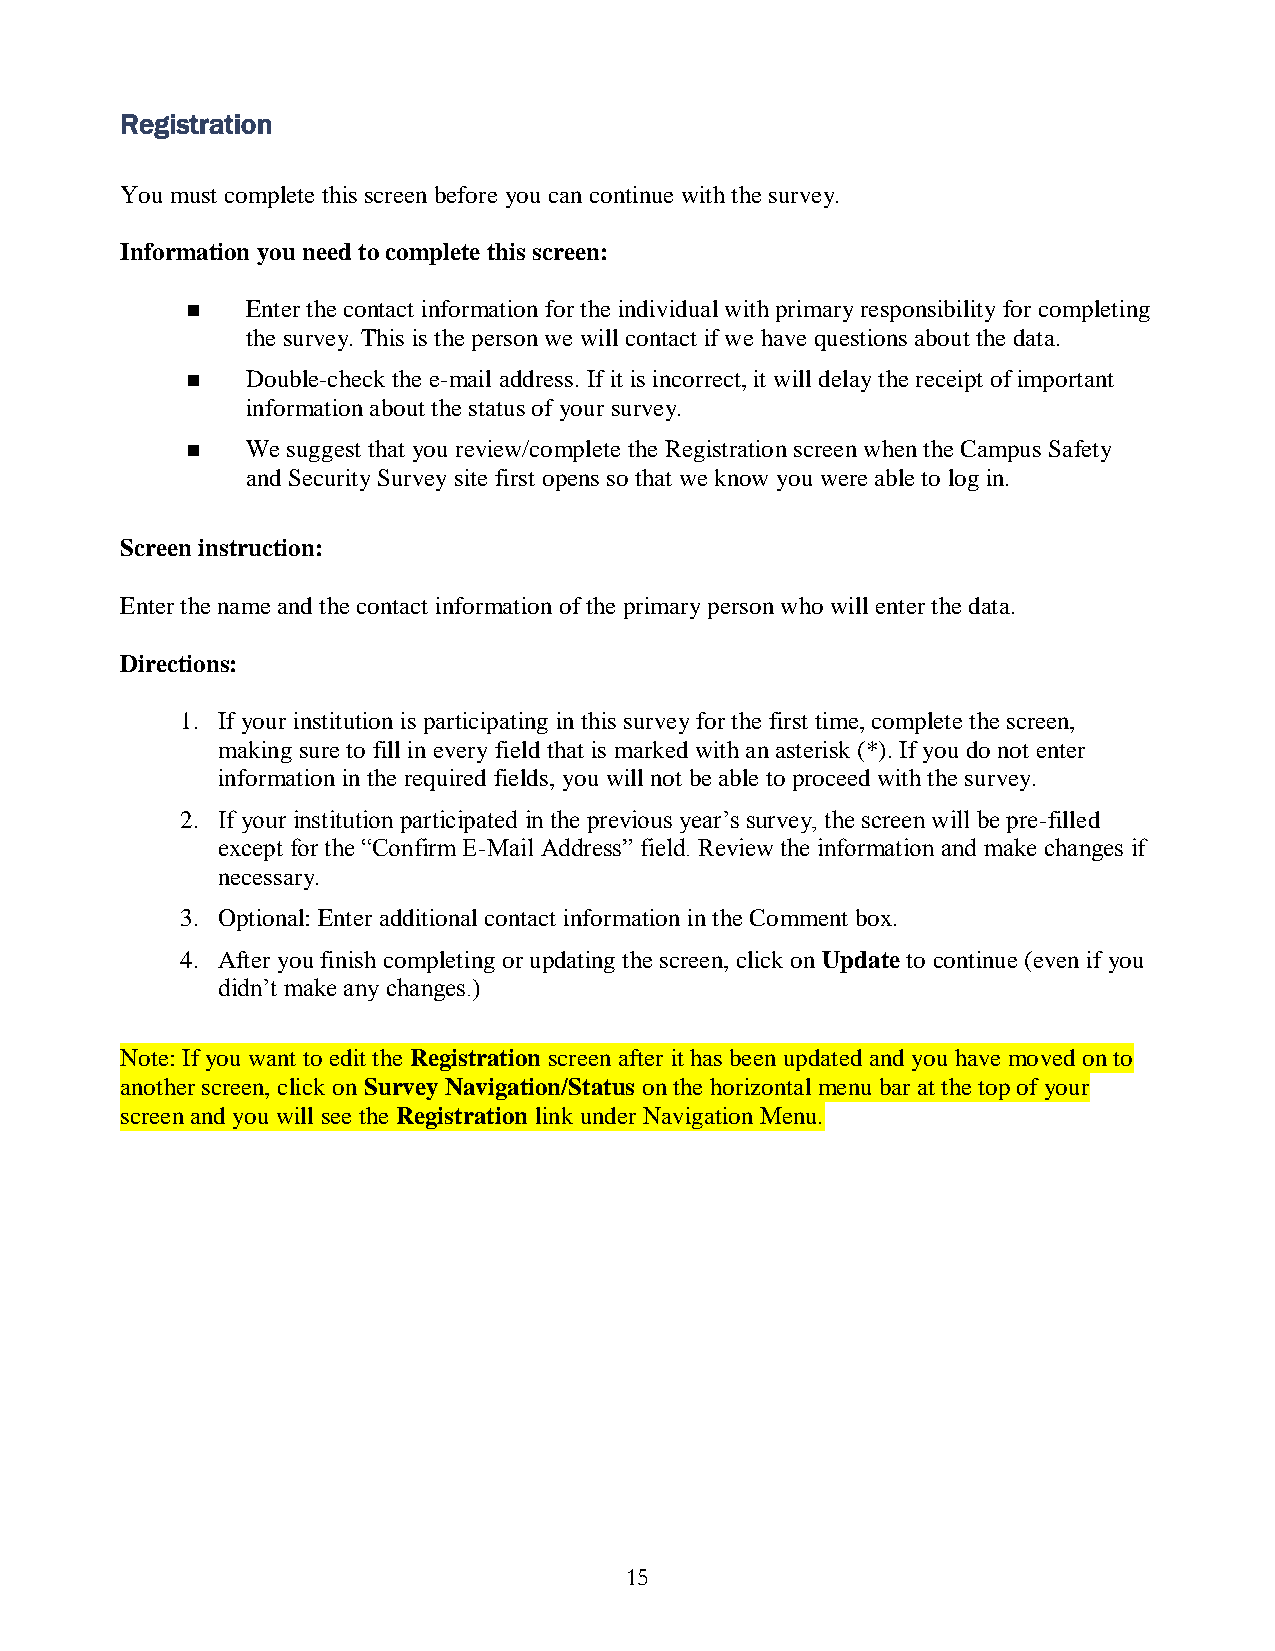
Registration
 You must complete this screen before you can continue with the survey.
 Information you need to complete this screen:
    Enter the contact information for the individual with primary responsibility for completing
 the survey. This is the person we will contact if we have questions about the data.
    Double-check the e-mail address. If it is incorrect, it will delay the receipt of important
 information about the status of your survey.
    We suggest that you review/complete the Registration screen when the Campus Safety
 and Security Survey site first opens so that we know you were able to log in.
 Screen instruction:
 Enter the name and the contact information of the primary person who will enter the data.
 Directions:
 1. If your institution is participating in this survey for the first time, complete the screen,
 making sure to fill in every field that is marked with an asterisk (*). If you do not enter
 information in the required fields, you will not be able to proceed with the survey.
 2. If your institution participated in the previous year’s survey, the screen will be pre-filled
 except for the “Confirm E-Mail Address” field. Review the information and make changes if
 necessary.
 3. Optional: Enter additional contact information in the Comment box.
 4. After you finish completing or updating the screen, click on Update to continue (even if you
 didn’t make any changes.)
 Note: If you want to edit the Registration screen after it has been updated and you have moved on to
 another screen, click on Survey Navigation/Status on the horizontal menu bar at the top of your
 screen and you will see the Registration link under Navigation Menu.
 15